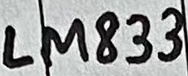
Text: LM833